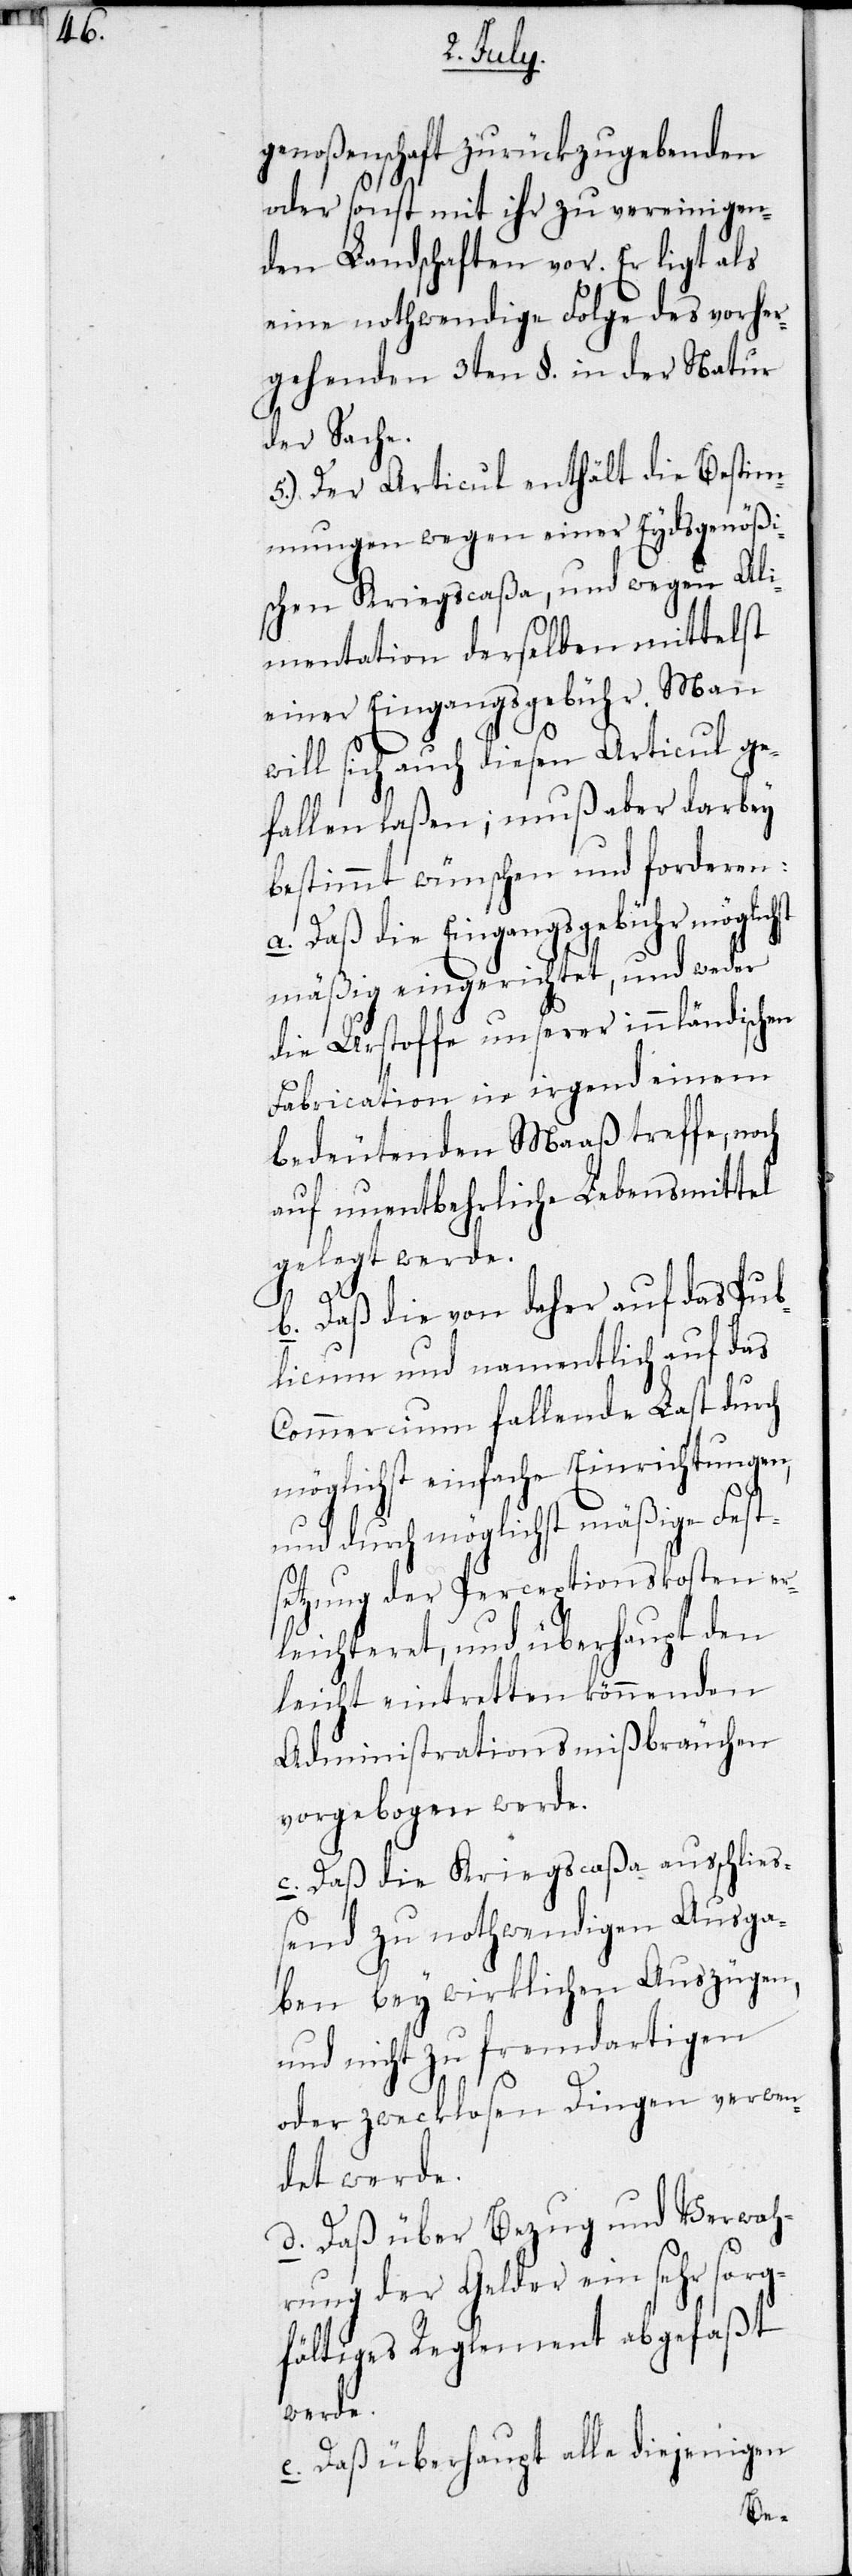
genoßenschaft zurückzugebenden
oder sonst mit ihr zu vereinigen¬
den Landschaften vor. Er ligt als
eine nothwendige Folge des vorher¬
gehenden 3ten §. in der Natur
der Sache.
5.) Der Articul enthält die Bestim¬
mungen wegen einer Eydsgenößi¬
schen Kriegscaßa, und wegen Ali¬
mentation derselben mittelst
einer Eingangsgebühr. Man
will sich auch diesen Articul ge¬
fallen laßen; muß aber darbey
bestimmt wünschen und forderen:
a. Daß die Eingangsgebühr möglichst
mäßig eingerichtet, und weder
die Urstoffe unserer innländischen
Fabrication in irgendeinem
bedeutenden Maaß treffe, noch
auf unentbehrliche Lebensmittel
gelegt werde.
b. Daß die von daher auf das Pub¬
licum und namentlich auf das
Commercium fallende Last durch
möglichst einfache Einrichtungen
und durch möglichst mäßige Fest¬
setzung der Perceptionskosten er¬
leichteret, und überhaupt den
leicht eintretten könnenden
Administrationsmißbräuche
vorgebogen werde.
c. Daß die Kriegscaßa ausschließ¬
end zu nothwendigen Ausga¬
ben bey wirklichen Auszügen,
und nicht zu fremdartigen
oder zwecklosen Dingen verwen¬
det werde.
d. Daß über Bezug und Verwah¬
rung der Gelder ein sehr sorg¬
fältiges Reglement abgefaßt
werde.
e. Daß überhaupt alle diejenigen